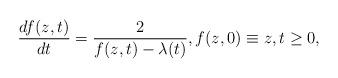
LaTeX: \begin{align*}\frac{df(z,t)}{dt}=\frac{2}{f(z,t)-\lambda(t)}, f(z,0)\equiv z, t\geq0, \end{align*}